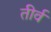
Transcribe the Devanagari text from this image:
तीर्व